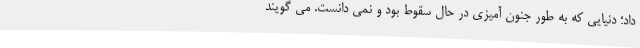
داد؛ دنیایی که به طور جنون آمیزی در حال سقوط بود و نمی دانست. می گویند